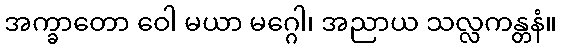
အက္ခာတော ဝေါ မယာ မဂ္ဂေါ၊ အညာယ သလ္လကန္တနံ။